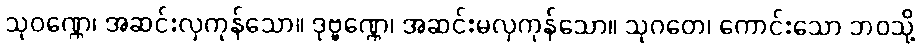
သုဝဏ္ဏေ၊ အဆင်းလှကုန်သော။ ဒုဗ္ဗဏ္ဏေ၊ အဆင်းမလှကုန်သော။ သုဂတေ၊ ကောင်းသော ဘဝသို့